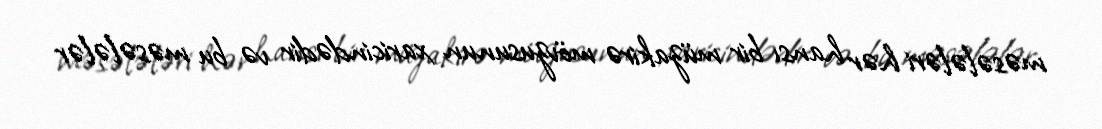
məsələləri hər hansı bir müzakirə mövzusunun xaricindədir və bu məsələlər